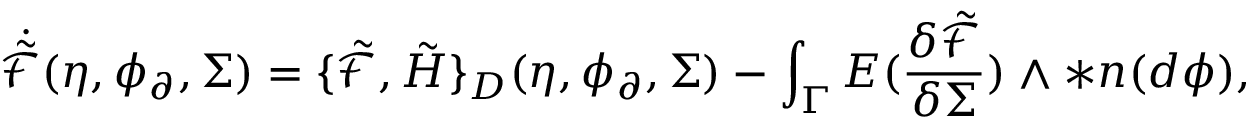
\dot { \tilde { \mathcal { F } } } ( \eta , \phi _ { \partial } , \Sigma ) = \{ \tilde { \mathcal { F } } , \tilde { H } \} _ { D } ( \eta , \phi _ { \partial } , \Sigma ) - \int _ { \Gamma } E ( \frac { \delta \tilde { \mathcal { F } } } { \delta \Sigma } ) \wedge \ast \boldsymbol { n } ( d \phi ) ,